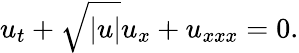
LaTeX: u_{t}+\sqrt{|u|}u_{x}+u_{xxx}=0.